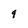
Character: 9